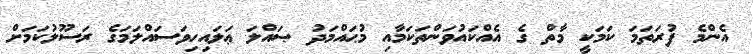
އެންމެ ފުރަތަމަ ކަމަކީ މާތް ގެ އެއްކައުވަންތަކަމާއި މުޙައްމަދު ޞައްލަ ޢަލައިހިވަސައްލަމަގެ ރަސޫލުކަމަށް